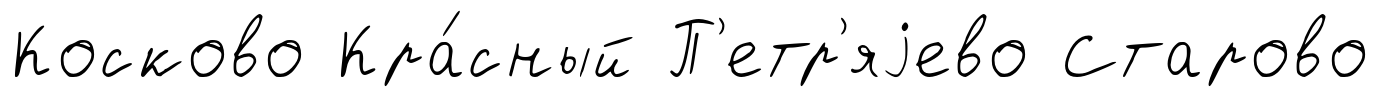
Косково Кра́сный П'етр'яjево Старово